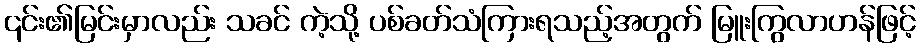
၎င်း၏မြင်းမှာလည်း သခင် ကဲ့သို့ ပစ်ခတ်သံကြားရသည့်အတွက် မြူးကြွလာဟန်ဖြင့်